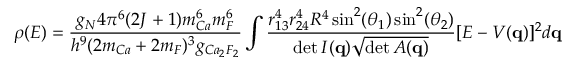
\rho ( E ) = \frac { g _ { N } 4 \pi ^ { 6 } ( 2 J + 1 ) m _ { C a } ^ { 6 } m _ { F } ^ { 6 } } { h ^ { 9 } ( 2 m _ { C a } + 2 m _ { F } ) ^ { 3 } g _ { C a _ { 2 } F _ { 2 } } } \int \frac { r _ { 1 3 } ^ { 4 } r _ { 2 4 } ^ { 4 } R ^ { 4 } \sin ^ { 2 } ( \theta _ { 1 } ) \sin ^ { 2 } ( \theta _ { 2 } ) } { \operatorname* { d e t } \cal I ( { \bf q } ) \sqrt { \operatorname* { d e t } \cal A ( { \bf q } ) } } [ E - V ( { \bf q } ) ] ^ { 2 } d { \bf q }